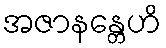
အဇာနန္တေဟိ